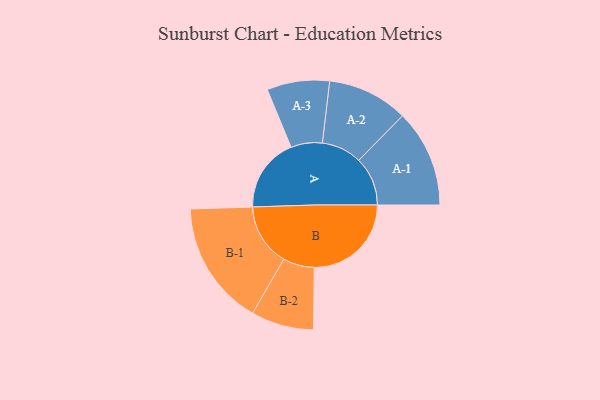
{"axis": {"x": "Segment", "y": "Value"}, "legend": ["", "A", "B"], "data": [{"x": "A", "y": 280, "type": ""}, {"x": "B", "y": 366, "type": ""}, {"x": "A-1", "y": 184, "type": "A"}, {"x": "A-2", "y": 152, "type": "A"}, {"x": "A-3", "y": 118, "type": "A"}, {"x": "B-1", "y": 235, "type": "B"}, {"x": "B-2", "y": 118, "type": "B"}]}